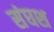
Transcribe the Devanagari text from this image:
संघश